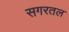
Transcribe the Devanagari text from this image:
सगरतल